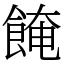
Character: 餣